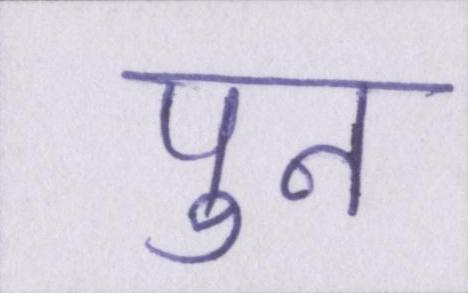
पुन